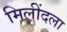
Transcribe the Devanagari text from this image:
मिलींदला